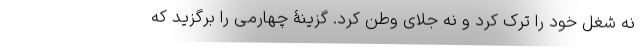
نه شغل خود را ترک کرد و نه جلای وطن کرد. گزینۀ چهارمی را برگزید که